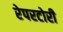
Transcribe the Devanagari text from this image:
रेपरटोरी